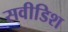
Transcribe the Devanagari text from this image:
सवीडिश